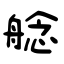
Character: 艌